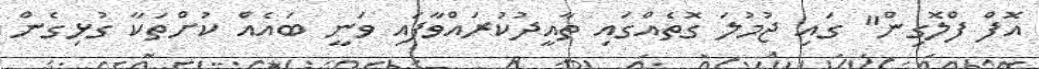
އޮފް ފްލޮގިން" ގައި ޖުމުލަ ގޮތެއްގައި ތާއީދުކުރައްވާފައި ވަނީ ބައެއް ކުށްތަކާ ގުޅިގެން